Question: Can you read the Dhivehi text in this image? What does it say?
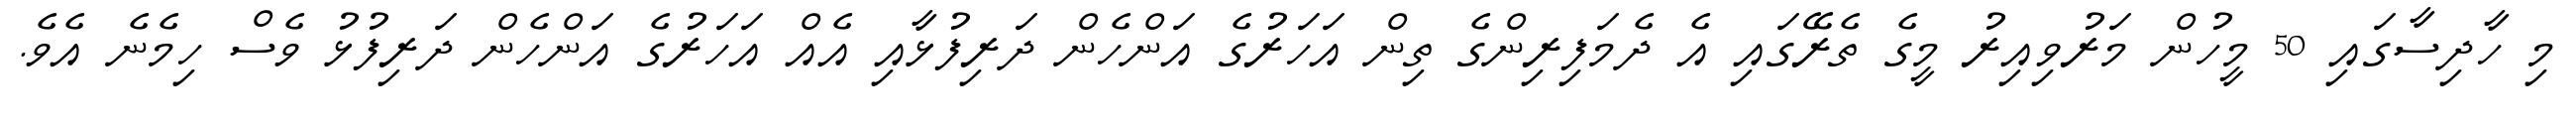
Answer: މި ހާދިސާގައި 50 މީހުން މަރުވިއިރު މީގެ ތެރޭގައި އެ ދެމަފިރިންގެ ތިން އަހަރުގެ އަންހެން ދަރިފުޅާއި އެއް އަހަރުގެ އަންހެން ދަރިފުޅު ވެސް ހިމެނެ އެވެ.